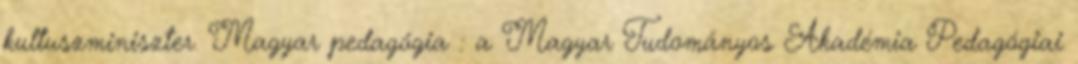
kultuszminiszter. Magyar pedagógia : a Magyar Tudományos Akadémia Pedagógiai